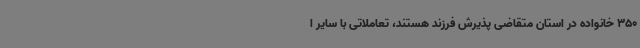
350 خانواده در استان متقاضی پذیرش فرزند هستند، تعاملاتی با سایر ا